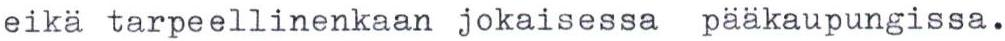
eikä tarpeellinenkaan jokaisessa pääkaupungissa.